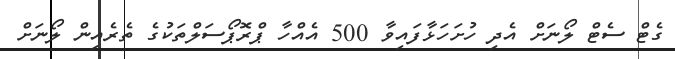
ގެޓް ސެޓް ލޯނަށް އެދި ހުށަހަޅާފައިވާ 500 އެއްހާ ޕްރޮޕޯސަލްތަކުގެ ތެރެއިން ލޯނަށް